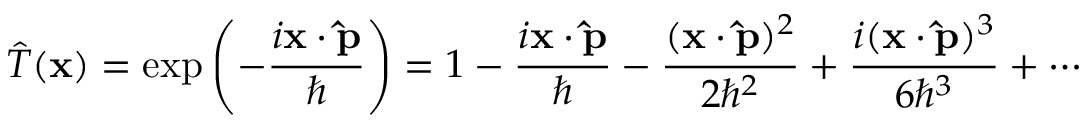
{ \hat { T } } ( \mathbf { x } ) = \exp \left( - { \frac { i \mathbf { x } \cdot \mathbf { \hat { p } } } { \hbar } } \right) = 1 - { \frac { i \mathbf { x } \cdot \mathbf { \hat { p } } } { \hbar } } - { \frac { ( \mathbf { x } \cdot \mathbf { \hat { p } } ) ^ { 2 } } { 2 \hbar ^ { 2 } } } + { \frac { i ( \mathbf { x } \cdot \mathbf { \hat { p } } ) ^ { 3 } } { 6 \hbar ^ { 3 } } } + \cdots